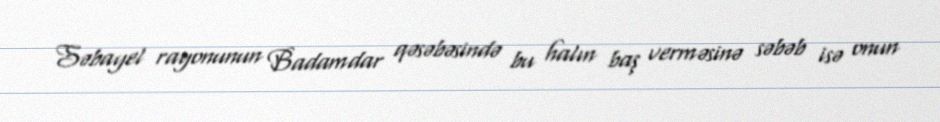
Səbayel rayonunun Badamdar qəsəbəsində bu halın baş verməsinə səbəb isə onun